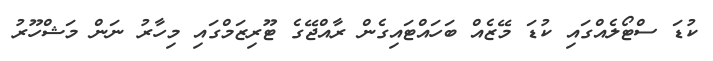
ކުޑަ ސްޓޯލެއްގައި ކުޑަ މޭޒެއް ބަހައްޓައިގެން ރާއްޖޭގެ ޓޫރިޒަމްގައި މިހާރު ނަން މަޝްހޫރު